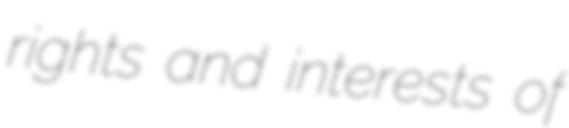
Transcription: rights and interests of